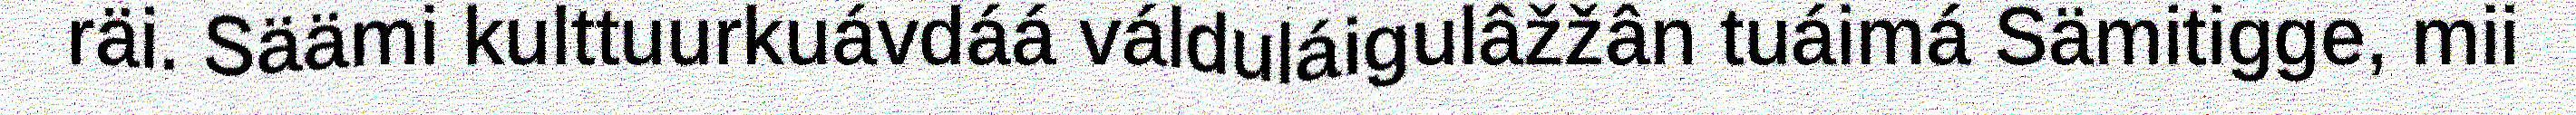
räi. Säämi kulttuurkuávdáá válduláigulâžžân tuáimá Sämitigge, mii